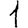
Digit: 1